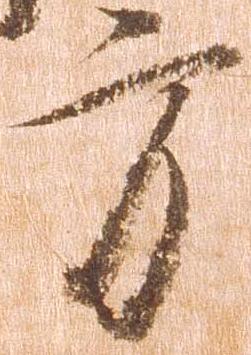
方